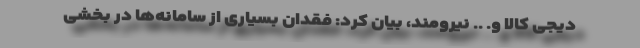
دیجی کالا و. .. نیرومند، بیان کرد: فقدان بسیاری از سامانه‌ها در بخشی